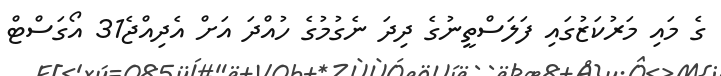
ގެ މައި މަރުކަޒުގައި ފަލަސްތީނުގެ ދިދަ ނެގުމުގެ ހުއްދަ އަށް އެދިއްޖެ31 އޯގަސްޓް